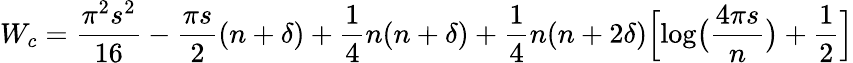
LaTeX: W_{c}={\frac{\pi^{2}s^{2}}{16}}-{\frac{\pi s}{2}}(n+\delta)+{\frac{1}{4}}n(n+\delta)+{\frac{1}{4}}n(n+2\delta)\Bigl[\log\bigl({\frac{4\pi s}{n}}\bigr)+{\frac{1}{2}}\Bigr]